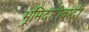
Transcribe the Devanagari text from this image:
भूमिदृष्टीवादी